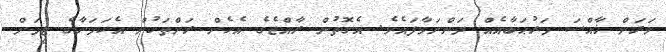
ވަރަށް ޚާއްސަ މަރުޙަބާއެއް ދަންނަވާފައެވެ. އެގޮތުން ރާއްޖެގެ އެހެން ރަށްތަކުން އެކަމަނާގެ ޓީމަށް